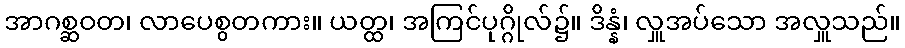
အာဂစ္ဆဝတ၊ လာပေစွတကား။ ယတ္ထ၊ အကြင်ပုဂ္ဂိုလ်၌။ ဒိန္နံ၊ လှူအပ်သော အလှူသည်။